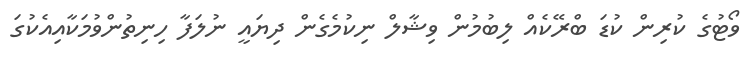
ވޯޓުގެ ކުރިން ކުޑަ ބްރޭކެއް ލިބުމުން ވިޝާލް ނިކުމެގެން ދިޔައީ ނުލަފާ ހިނިތުންވުމަކާއިއެކުގަ